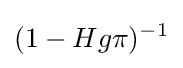
(1-Hg\pi )^{-1}